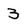
Character: 3